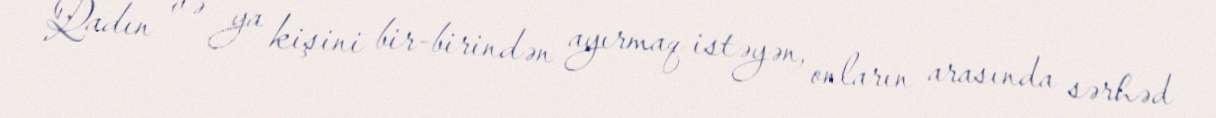
Qadın və ya kişini bir-birindən ayırmaq istəyən, onların arasında sərhəd